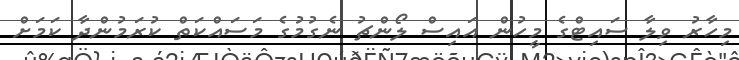
މިހާރު ވިލާ ސައިޓްގެ މީހުން އައިސް ލޯންޗު ނެގުމުގެ މަސައްކަތް ކުރަމުންދާ ކަމަށް